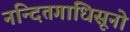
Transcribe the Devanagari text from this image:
नन्दितगाधिसूनो